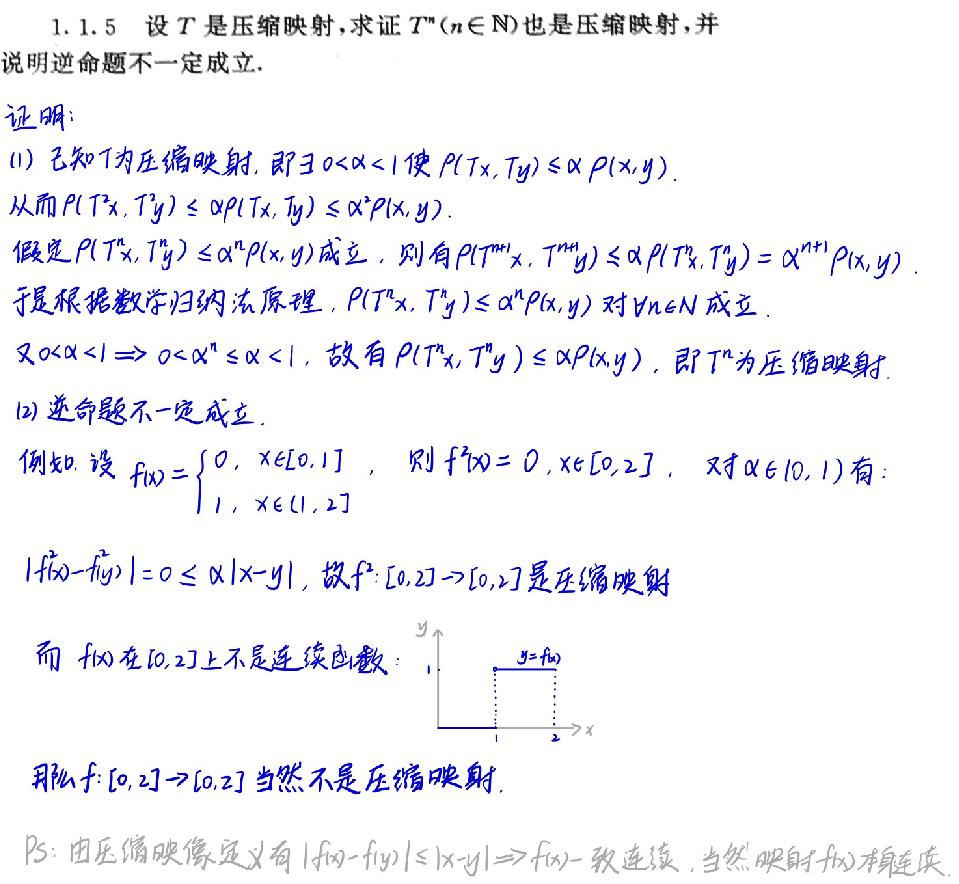
1.1.5 设 \(T\) 是压缩映射，求证 \(T^n(n\in\mathbb{N})\) 也是压缩映射，并说明逆命题不一定成立。

证明：
(1) 已知 \(T\) 为压缩映射，即 \(\exists 0<\alpha < 1\) 使 \(\rho(Tx,Ty)\leq\alpha\rho(x,y)\)。
从而 \(\rho(T^2x,T^2y)\leq\alpha\rho(Tx,Ty)\leq\alpha^2\rho(x,y)\)。
假定 \(\rho(T^nx,T^ny)\leq\alpha^n\rho(x,y)\) 成立，则有 \(\rho(T^{n + 1}x,T^{n+1}y)\leq\alpha\rho(T^nx,T^ny)=\alpha^{n + 1}\rho(x,y)\)。
于是根据数学归纳法原理，\(\rho(T^nx,T^ny)\leq\alpha^n\rho(x,y)\) 对 \(\forall n\in\mathbb{N}\) 成立。
又 \(0<\alpha < 1\Rightarrow0<\alpha^n\leq\alpha < 1\)，故有 \(\rho(T^nx,T^ny)\leq\alpha\rho(x,y)\)，即 \(T^n\) 为压缩映射。
(2) 逆命题不一定成立。
例如，设 \(f(x)=\begin{cases}0, & x\in[0,1]\\1, & x\in(1,2]\end{cases}\)，则 \(f^2(x)=0,x\in[0,2]\)。对 \(\alpha\in(0,1)\) 有：
\(\vert f^2(x)-f^2(y)\vert = 0\leq\alpha\vert x - y\vert\)，故 \(f^2:[0,2]\to[0,2]\) 是压缩映射。
而 \(f(x)\) 在 \([0,2]\) 上不是连续函数：

（此处有 \(y = f(x)\) 的函数图像草图）

那么 \(f:[0,2]\to[0,2]\) 当然不是压缩映射。

PS：由压缩映像定义有 \(\vert f(x)-f(y)\vert\leq\vert x - y\vert\Rightarrow f(x)\) 一致连续，当然映射 \(f(x)\) 本身连续。